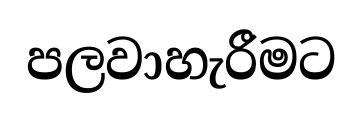
පලවාහැරීමට